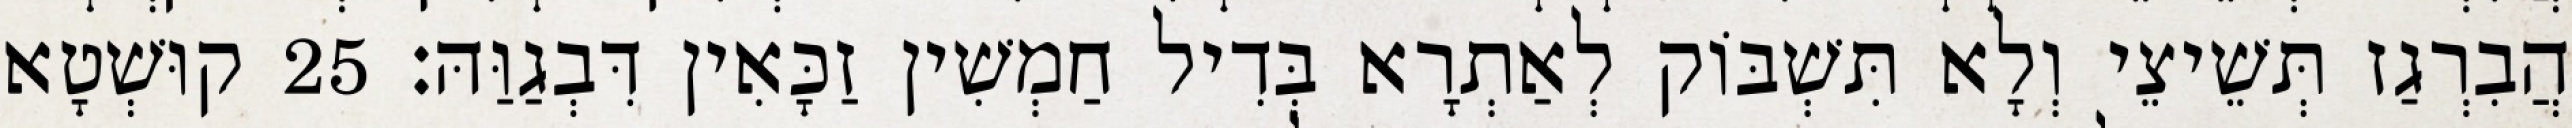
הֲבִרְגַז תְּשֵׁיצֵי וְלָא תִּשְׁבּוֹק לְאַתְרָא בְּדִיל חַמְשִׁין זַכָּאִין דִּבְגַוַּהּ׃ 25 קוּשְׁטָא